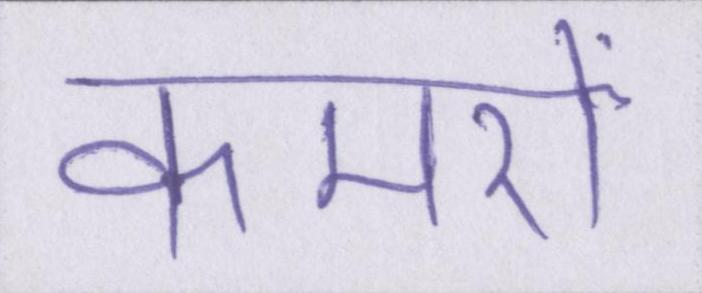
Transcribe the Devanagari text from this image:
कमरों